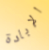
الإبادة